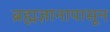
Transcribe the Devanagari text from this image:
ब्रह्मज्ञानापासून